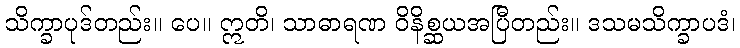
သိက္ခာပုဒ်တည်း။ ပေ။ ဣတိ၊ သာဓာရဏ ဝိနိစ္ဆယအပြီတည်း။ ဒသမသိက္ခာပဒံ၊